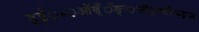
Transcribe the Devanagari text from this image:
ड़्ईं़॰़ऑब़्ँँँङ्ः़ऑड़्फ्ङीऊङ्ञ्